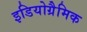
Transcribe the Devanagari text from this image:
इडियोग्रैमिक